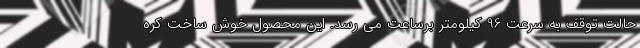
حالت توقف به سرعت 96 کیلومتر برساعت می رسد. این محصول خوش ساخت کره